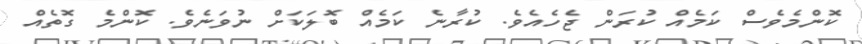
ކޮންމެވެސް ކަމެއް ކުރަން ޖެހެއެވެ. ކުރާނެ ކަމެއް ބޮލަކަށް ނުވަނެވެ. ކޮންމެ ގޮތެއް